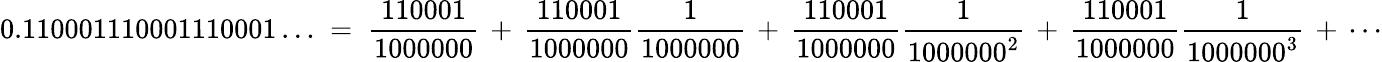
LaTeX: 0.110001110001110001\ldots\; =\; {\frac{110001}{1000000}}\, +\, {\frac{110001}{1000000}}{\frac{1}{1000000}}\, +\, {\frac{110001}{1000000}}{\frac{1}{1000000^{2}}}\, +\, {\frac{110001}{1000000}}{\frac{1}{1000000^{3}}}\, +\, \cdots